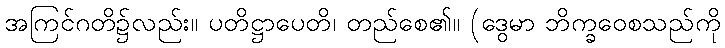
အကြင်ဂတိ၌လည်း။ ပတိဋ္ဌာပေတိ၊ တည်စေ၏။ (ဒွေမာ ဘိက္ခဝေစသည်ကို